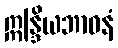
ဣန္ဒြိယဘာဝနံ